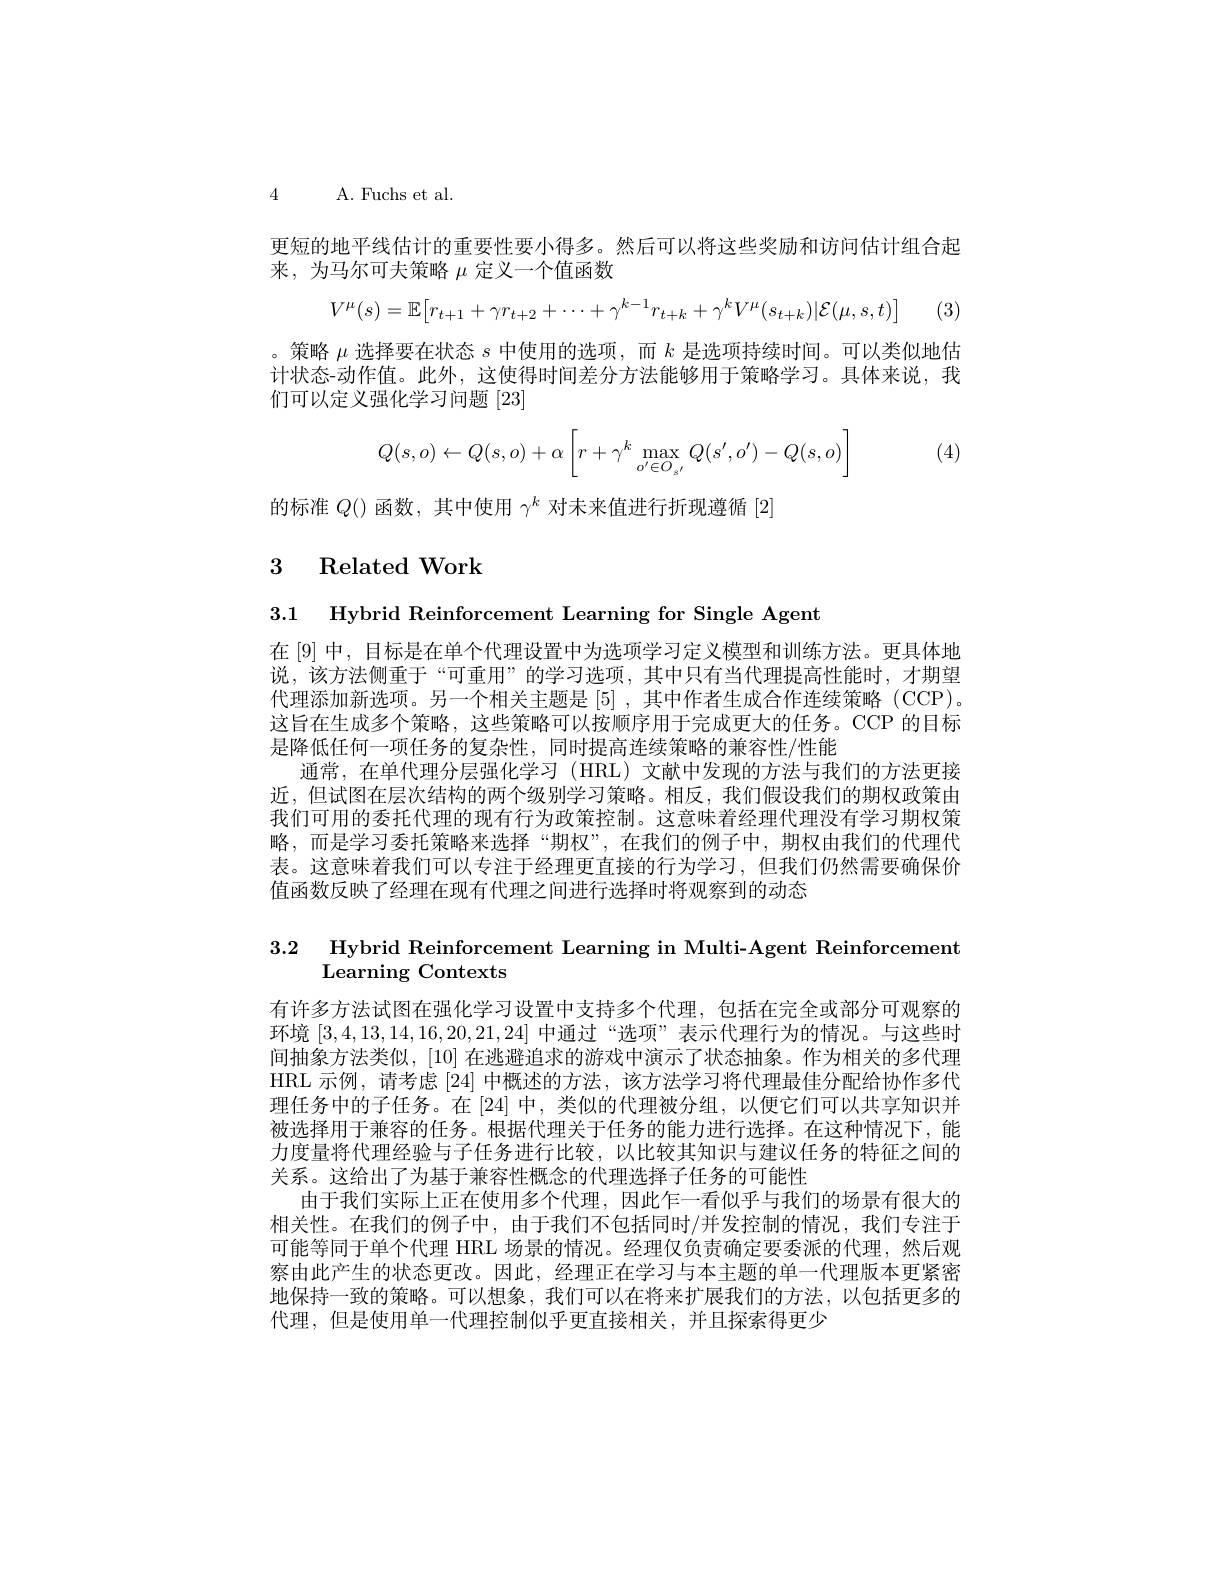
4 A. Fuchs et al.

更短的地平线估计的重要性要小得多。然后可以将这些奖励和访问估计组合起
来，为马尔可夫策略$\mu$定义一个值函数
$$V^\mu(s)=\mathbb{E}\big[r_{t+1}+\gamma r_{t+2}+\cdots+\gamma^{k-1}r_{t+k}+\gamma^kV^\mu(s_{t+k})|\mathcal{E}(\mu,s,t)\big]$$
(3)

。策略$\mu$选择要在状态$s$中使用的选项，而$k$是选项持续时间。可以类似地估计状态-动作值。此外，这使得时间差分方法能够用于策略学习。具体来说，我们可以定义强化学习问题[23]

(4)
$$Q(s,o)\leftarrow Q(s,o)+\alpha\left[r+\gamma^k\max\limits_{o'\in O_{s'}}Q(s',o')-Q(s,o)\right]$$
的标准$Q()$函数，其中使用$\gamma^k$对未来值进行折现遵循[2]

## 3 Related Work

3.1 Hybrid Reinforcement Learning for Single Agent

在[9] 中，目标是在单个代理设置中为选项学习定义模型和训练方法。更具体地说，该方法侧重于“可重用”的学习选项，其中只有当代理提高性能时，才期望代理添加新选项。另一个相关主题是[5],其中作者生成合作连续策略(CCP)。这旨在生成多个策略，这些策略可以按顺序用于完成更大的任务。CCP 的目标是降低任何一项任务的复杂性，同时提高连续策略的兼容性/性能
通常，在单代理分层强化学习(HRL)文献中发现的方法与我们的方法更接近，但试图在层次结构的两个级别学习策略。相反，我们假设我们的期权政策由我们可用的委托代理的现有行为政策控制。这意味着经理代理没有学习期权策略，而是学习委托策略来选择“期权”,在我们的例子中，期权由我们的代理代表。这意味着我们可以专注于经理更直接的行为学习，但我们仍然需要确保价值函数反映了经理在现有代理之间进行选择时将观察到的动态

3.2 Hybrid Reinforcement Learning in Multi-Agent Reinforcement
## Learning Contexts

有许多方法试图在强化学习设置中支持多个代理，包括在完全或部分可观察的环境[3,4,13,14,16,20,21,24]中通过“选项”表示代理行为的情况。与这些时间抽象方法类似，[10]在逃避追求的游戏中演示了状态抽象。作为相关的多代理HRL 示例，请考虑[24]中概述的方法，该方法学习将代理最佳分配给协作多代理任务中的子任务。在 [24] 中，类似的代理被分组，以便它们可以共享知识并被选择用于兼容的任务。根据代理关于任务的能力进行选择。在这种情况下，能力度量将代理经验与子任务进行比较，以比较其知识与建议任务的特征之间的关系。这给出了为基于兼容性概念的代理选择子任务的可能性
由于我们实际上正在使用多个代理，因此乍一看似乎与我们的场景有很大的相关性。在我们的例子中，由于我们不包括同时/并发控制的情况，我们专注于可能等同于单个代理 HRL 场景的情况。经理仅负责确定要委派的代理，然后观察由此产生的状态更改。因此，经理正在学习与本主题的单一代理版本更紧密地保持一致的策略。可以想象，我们可以在将来扩展我们的方法，以包括更多的代理，但是使用单一代理控制似乎更直接相关，并且探索得更少